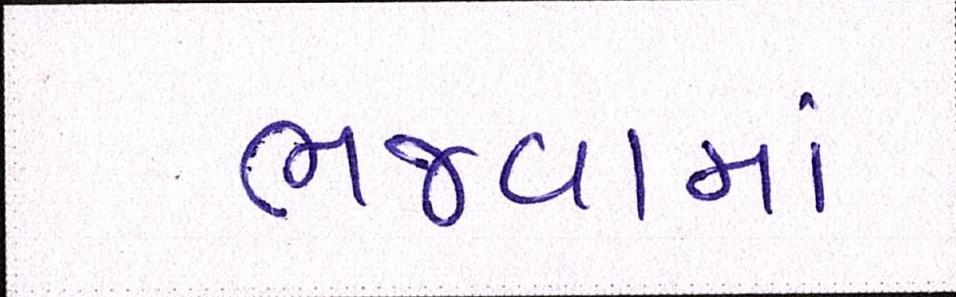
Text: ભજવામાં